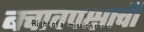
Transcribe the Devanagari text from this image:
बचावपक्षाची